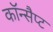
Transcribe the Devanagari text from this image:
कॉन्सैप्ट